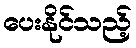
ပေးနိုင်သည့်